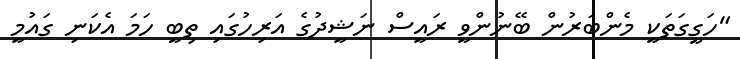
"ހަގީގަތަކީ މެންބަރުން ބޭނުންވީ ރައީސް ނަޝީދުގެ އަރިހުގައި ތިބީ ހަމަ އެކަނި ގައުމީ